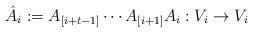
LaTeX: \begin{align*}\hat{A}_i:=A_{[i+t-1]}\cdots A_{[i+1]}A_i:V_i\to V_i\end{align*}